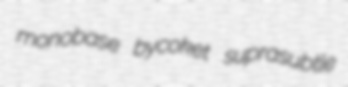
monobase bycoket suprasubtle